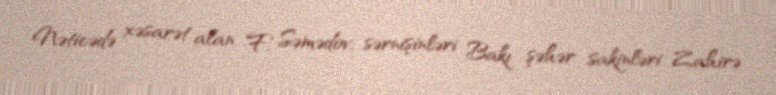
Nəticədə xəsarət alan F. Səmədov, sərnişinləri Bakı şəhər sakinləri Zahirə